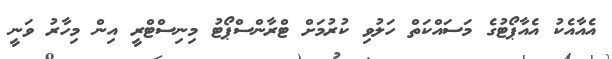
އެއާއެކު އެއާޕޯޓުގެ މަސައްކަތް ހަލުވި ކުރުމަށް ޓްރާންސްޕޯޓު މިނިސްޓްރީ އިން މިހާރު ވަނީ